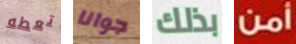
تعطه جوانا بذلك أمن